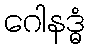
ဂေါနဒ္ဓံ